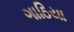
ગાઠિયા